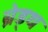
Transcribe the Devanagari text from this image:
ब्रेड्थ